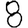
Digit: 8